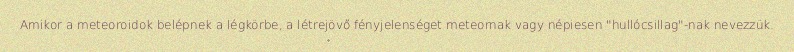
Amikor a meteoroidok belépnek a légkörbe, a létrejövő fényjelenséget meteornak vagy népiesen "hullócsillag"-nak nevezzük.